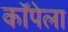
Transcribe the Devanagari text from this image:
कॉपेला